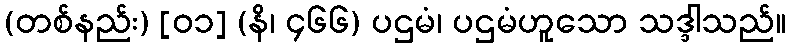
(တစ်နည်း) [၀၁] (နိ၊ ၄၆၆) ပဌမံ၊ ပဌမံဟူသော သဒ္ဒါသည်။